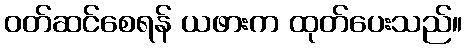
ဝတ်ဆင်စေရန် ယဖားက ထုတ်ပေးသည်။